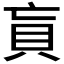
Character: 𰶲